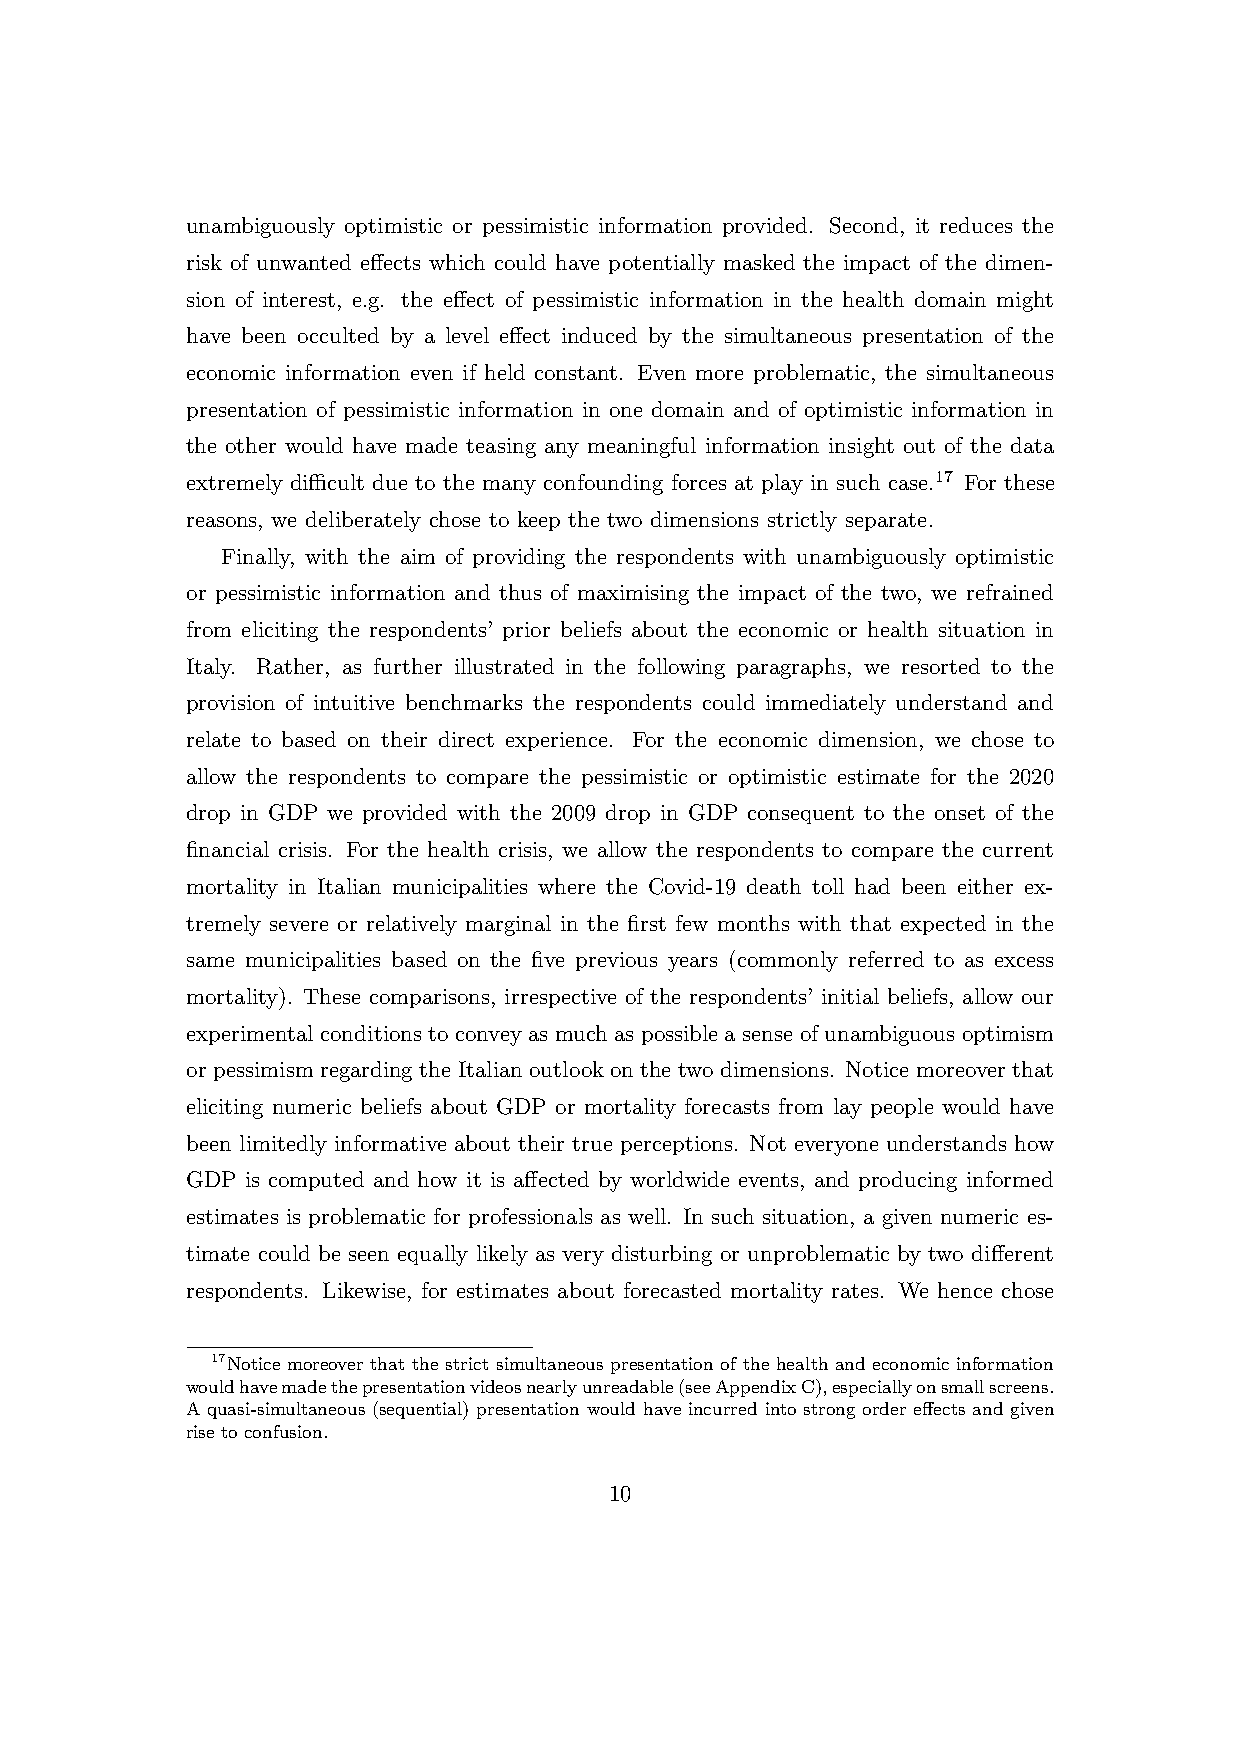
unambiguously optimistic or pessimistic information provided. Second, it reduces the
 risk of unwanted effects which could have potentially masked the impact of the dimen-
 sion of interest, e.g. the effect of pessimistic information in the health domain might
 have been occulted by a level effect induced by the simultaneous presentation of the
 economic information even if held constant. Even more problematic, the simultaneous
 presentation of pessimistic information in one domain and of optimistic information in
 the other would have made teasing any meaningful information insight out of the data
 extremely difficult due to the many confounding forces at play in such case.17 For these
 reasons, we deliberately chose to keep the two dimensions strictly separate.
 Finally, with the aim of providing the respondents with unambiguously optimistic
 or pessimistic information and thus of maximising the impact of the two, we refrained
 from eliciting the respondents’ prior beliefs about the economic or health situation in
 Italy. Rather, as further illustrated in the following paragraphs, we resorted to the
 provision of intuitive benchmarks the respondents could immediately understand and
 relate to based on their direct experience. For the economic dimension, we chose to
 allow the respondents to compare the pessimistic or optimistic estimate for the 2020
 drop in GDP we provided with the 2009 drop in GDP consequent to the onset of the
 financial crisis. For the health crisis, we allow the respondents to compare the current
 mortality in Italian municipalities where the Covid-19 death toll had been either ex-
 tremely severe or relatively marginal in the first few months with that expected in the
 same municipalities based on the five previous years (commonly referred to as excess
 mortality). These comparisons, irrespective of the respondents’ initial beliefs, allow our
 experimental conditions to convey as much as possible a sense of unambiguous optimism
 or pessimism regarding the Italian outlook on the two dimensions. Notice moreover that
 eliciting numeric beliefs about GDP or mortality forecasts from lay people would have
 been limitedly informative about their true perceptions. Not everyone understands how
 GDP is computed and how it is affected by worldwide events, and producing informed
 estimates is problematic for professionals as well. In such situation, a given numeric es-
 timate could be seen equally likely as very disturbing or unproblematic by two different
 respondents. Likewise, for estimates about forecasted mortality rates. We hence chose
 17Notice moreover that the strict simultaneous presentation of the health and economic information
 wouldhavemadethepresentationvideosnearlyunreadable(seeAppendixC),especiallyonsmallscreens.
 A quasi-simultaneous (sequential) presentation would have incurred into strong order effects and given
 rise to confusion.
 10